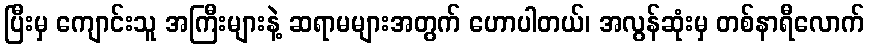
ပြီးမှ ကျောင်းသူ အကြီးများနဲ့ ဆရာမများအတွက် ဟောပါတယ်၊ အလွန်ဆုံးမှ တစ်နာရီလောက်